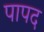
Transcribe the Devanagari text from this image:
पापद